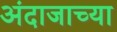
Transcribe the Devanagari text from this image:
अंदाजाच्या